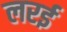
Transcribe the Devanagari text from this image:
लरई